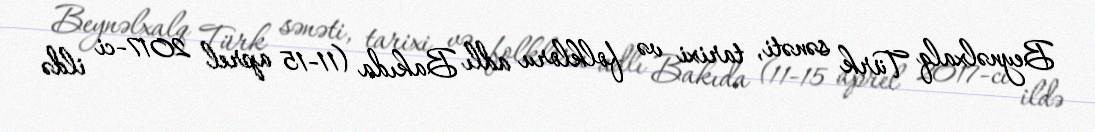
Beynəlxalq Türk sənəti, tarixi və folkloru adlı Bakıda (11-15 aprel 2017-ci ildə